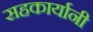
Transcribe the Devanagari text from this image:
सहकार्यानी